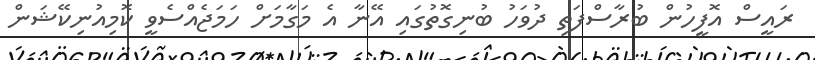
ރައީސް އޮފީހުން ބުރާސްފަތި ދުވަހު ބުނިގޮތުގައި އޭނާ އެ މަގާމަށް ހަމަޖެއްސެވީ ކޮމިއުނިކޭޝަން